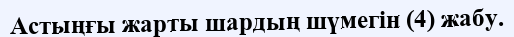
Астыңғы жарты шардың шүмегін (4) жабу.